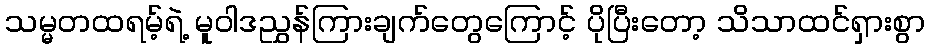
သမ္မတထရမ့်ရဲ့ မူဝါဒညွှန်ကြားချက်တွေကြောင့် ပိုပြီးတော့ သိသာထင်ရှားစွာ